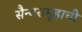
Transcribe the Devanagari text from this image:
सैन्यसमूहाची